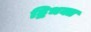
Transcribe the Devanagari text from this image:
द्विभक्त